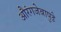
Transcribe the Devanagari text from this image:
औरंगजेबापुढे